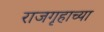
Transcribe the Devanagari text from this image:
राजगृहाच्या